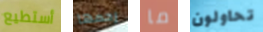
أستطيع رحمها ما تحاولون